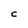
Character: C